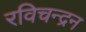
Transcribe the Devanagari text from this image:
रविचन्द्रन